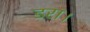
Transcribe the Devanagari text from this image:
डरा।